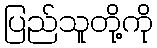
ပြည်သူတို့ကို